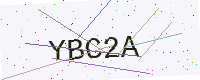
Text: YBC2A